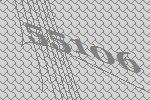
55106